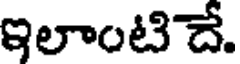
ఇలాంటిదే.